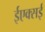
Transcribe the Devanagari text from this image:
ईएक्सई